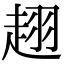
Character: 趐